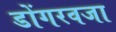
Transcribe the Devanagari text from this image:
डोंगरवजा